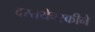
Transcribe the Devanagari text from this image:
दस्तयेवस्कीने